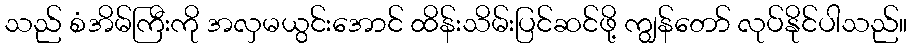
သည် စံအိမ်ကြီးကို အလှမယွင်းအောင် ထိန်းသိမ်းပြင်ဆင်ဖို့ ကျွန်တော် လုပ်နိုင်ပါသည်။